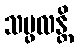
သပ္ဖလန္တိ